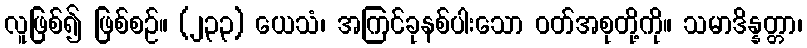
လူဖြစ်၍ ဖြစ်စဉ်။ (၂၃၃) ယေသံ၊ အကြင်ခုနစ်ပါးသော ဝတ်အစုတို့ကို။ သမာဒိန္နတ္တာ၊